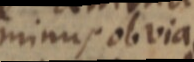
minus obvia